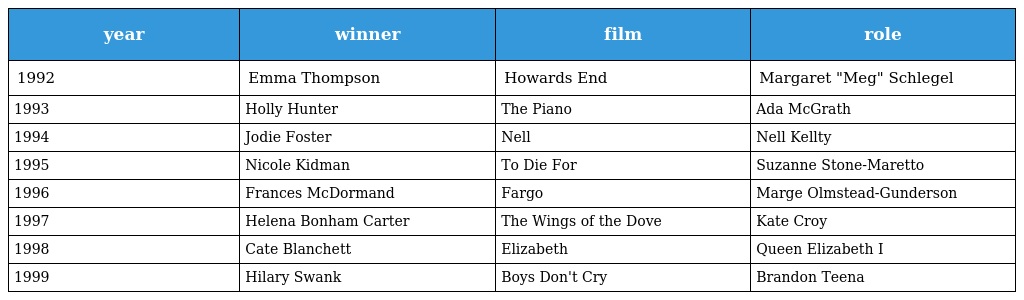
| year | winner | film | role |
 | --- | --- | --- | --- |
 | 1992 | Emma Thompson | Howards End | Margaret "Meg" Schlegel |
 | 1993 | Holly Hunter | The Piano | Ada McGrath |
 | 1994 | Jodie Foster | Nell | Nell Kellty |
 | 1995 | Nicole Kidman | To Die For | Suzanne Stone-Maretto |
 | 1996 | Frances McDormand | Fargo | Marge Olmstead-Gunderson |
 | 1997 | Helena Bonham Carter | The Wings of the Dove | Kate Croy |
 | 1998 | Cate Blanchett | Elizabeth | Queen Elizabeth I |
 | 1999 | Hilary Swank | Boys Don't Cry | Brandon Teena |